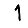
Digit: 1